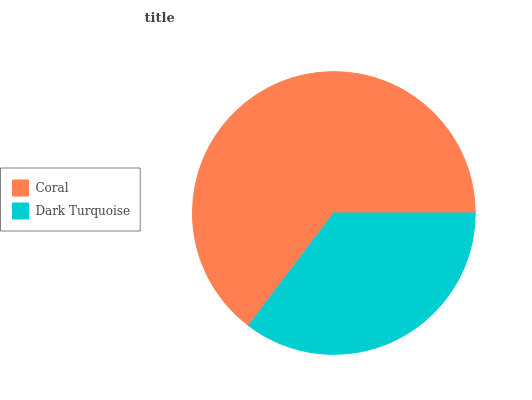
| Coral | Dark Turquoise |
 | --- | --- |
 | 64.6% | 35.4% |